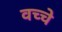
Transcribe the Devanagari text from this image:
वच्चे